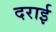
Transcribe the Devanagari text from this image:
दराई